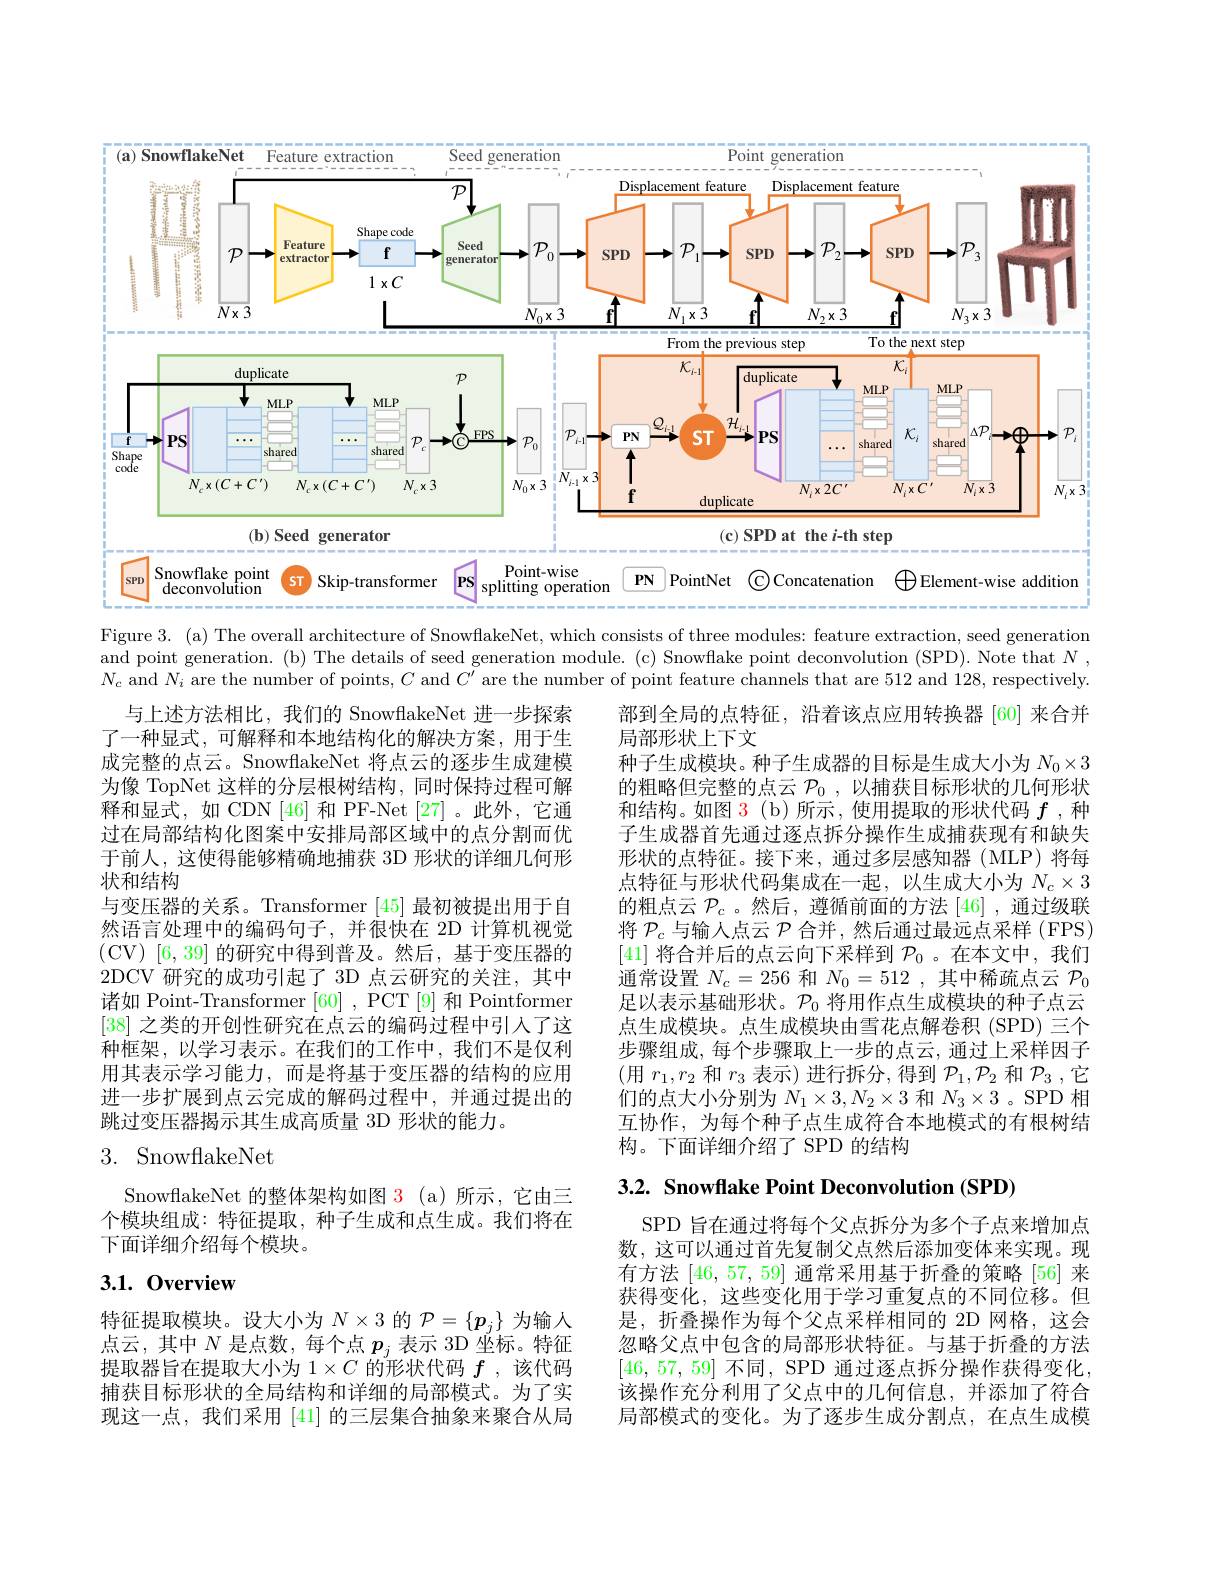
<FigureHere>
Figure 3. (a) The overall architecture of SnowflakeNet, which consists of three modules: feature extraction, seed generation

and point generation. (b) The details of seed generation module. (c) Snowflake point deconvolution (SPD). Note that N $N_c$ and $N_i$ are the number of points, $C$ and $C^\prime$ are the number of point feature channels that are 512 and 128, respectively.

部到全局的点特征，沿着该点应用转换器[60]来合并
局部形状上下文
种子生成模块。种子生成器的目标是生成大小为$N_0\times3$ 的粗略但完整的点云$\mathcal{P}_0$ ,以捕获目标形状的几何形状和结构。如图 3(b)所示，使用提取的形状代码$f$ ,种子生成器首先通过逐点拆分操作生成捕获现有和缺失形状的点特征。接下来，通过多层感知器(MLP)将每点特征与形状代码集成在一起，以生成大小为$N_c\times3$ 的粗点云$\mathcal{P}_c$ 。然后，遵循前面的方法 [46],通过级联将$\mathcal{P}_c$与输入点云$\mathcal{P}$合并，然后通过最远点采样 (FPS) [41]将合并后的点云向下采样到$\mathcal{P}_0$ 。在本文中，我们通常设置$N_c=256$和$N_0=512$,其中稀疏点云$\mathcal{P}_0$ 足以表示基础形状。$\mathcal{P}_0$将用作点生成模块的种子点云点生成模块。点生成模块由雪花点解卷积(SPD) 三个步骤组成，每个步骤取上一步的点云，通过上采样因子(用$r_1,r_2$和$r_3$表示) 进行拆分，得到$\mathcal{P}_1,\mathcal{P}_2$和$\mathcal{P}_3$,它们的点大小分别为$N_1\times3,N_2\times3$和$N_3\times3$ 。SPD 相互协作，为每个种子点生成符合本地模式的有根树结构。下面详细介绍了 SPD 的结构

与上述方法相比，我们的 SnowflakeNet 进一步探索了一种显式，可解释和本地结构化的解决方案，用于生成完整的点云。SnowflakeNet 将点云的逐步生成建模为像 TopNet 这样的分层根树结构，同时保持过程可解释和显式，如 CDN [46] 和 PF-Net [27]。此外，它通过在局部结构化图案中安排局部区域中的点分割而优于前人，这使得能够精确地捕获 3D 形状的详细几何形状和结构
与变压器的关系。Transformer [45]最初被提出用于自然语言处理中的编码句子，并很快在 2D 计算机视觉(CV)[6,39]的研究中得到普及。然后，基于变压器的2DCV 研究的成功引起了 3D 点云研究的关注，其中诸如 Point-Transformer [60] , PCT [9] 和 Pointformer [38]之类的开创性研究在点云的编码过程中引人了这种框架，以学习表示。在我们的工作中，我们不是仅利用其表示学习能力，而是将基于变压器的结构的应用进一步扩展到点云完成的解码过程中，并通过提出的跳过变压器揭示其生成高质量 3D 形状的能力。

## 3. SnowflakeNet

3.2. Snowflake Point Deconvolution (SPD)

SnowflakeNet 的整体架构如图 3 (a) 所示，它由三个模块组成：特征提取，种子生成和点生成。我们将在下面详细介绍每个模块。

## 3.1.0verview

SPD 旨在通过将每个父点拆分为多个子点来增加点数，这可以通过首先复制父点然后添加变体来实现。现有方法[46,57,59]通常采用基于折叠的策略 [56] 来获得变化，这些变化用于学习重复点的不同位移。但是，折叠操作为每个父点采样相同的 2D 网格，这会忽略父点中包含的局部形状特征。与基于折叠的方法[46,57,59] 不同，SPD 通过逐点拆分操作获得变化， 该操作充分利用了父点中的几何信息，并添加了符合局部模式的变化。为了逐步生成分割点，在点生成模

特征提取模块。设大小为$N\times3$的$\mathcal{P}=\{p_j\}$为输人点云，其中$N$是点数，每个点$p_j$表示 3D 坐标。特征提取器旨在提取大小为$1\times C$的形状代码$f$ ,该代码捕获目标形状的全局结构和详细的局部模式。为了实现这一点，我们采用[41]的三层集合抽象来聚合从局